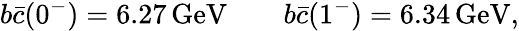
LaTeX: {b\bar{c}}(0^{-})=6.27\, \mathrm{GeV}\qquad{b\bar{c}}(1^{-})=6.34\, \mathrm{GeV},